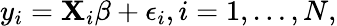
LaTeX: y_{i}=\mathbf{X}_{i}\beta+\epsilon_{i},i=1,\ldots,N,